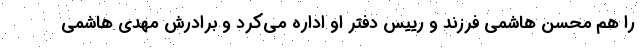
را هم محسن هاشمی فرزند و رییس دفتر او اداره می‌کرد و برادرش مهدی هاشمی